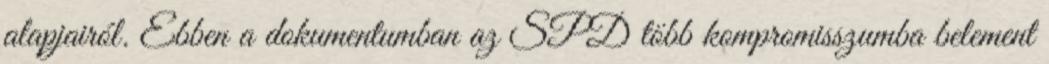
alapjairól. Ebben a dokumentumban az SPD több kompromisszumba belement